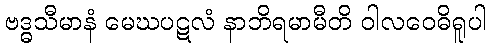
ဗဒ္ဓသီမာနံ မေဃပဋလံ နာဘိရမာမီတိ ဝါလဝေဓိရူပါ